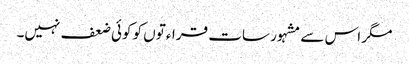
مگر اس سے مشہور سات قراءتوں کو کوئی ضعف نہیں۔